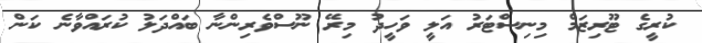
ކުރީގެ ޓޫރިޒަމް މިނިސްޓަރު އަލީ ވަހީދު މިރޭ ނޫސްވެރިންނާ ބައްދަލު ކުރައްވާނެ ކަން